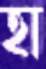
হা